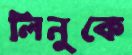
লিনুকে